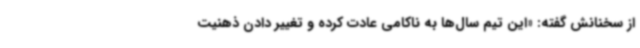
از سخنانش گفته: «این تیم سال‌ها به ناکامی عادت کرده و تغییر دادن ذهنیت